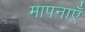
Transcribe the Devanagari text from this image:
मापनाएँ